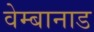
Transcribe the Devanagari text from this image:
वेम्बानाड